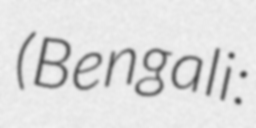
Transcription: (Bengali: